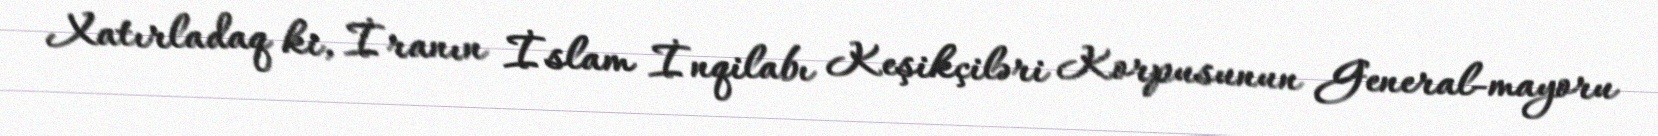
Xatırladaq ki, İranın İslam İnqilabı Keşikçiləri Korpusunun General-mayoru